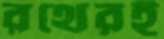
রথেরই